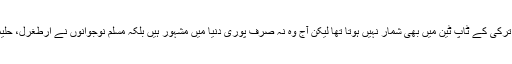
اس ڈرامے میں کام کرنے والے اداکاروں کی پروفائل دیکھیں تو ان میں کوئی بھی ترکی کے ٹاپ ٹین میں بھی شمار نہیں ہوتا تھا لیکن آج وہ نہ صرف پوری دنیا میں مشہور ہیں بلکہ مسلم نوجوانوں نے ارطغرل، حلیمہ سلطان، نورگل، بابر، سلیمان شاہ اور حائمہ خاتون وغیرہ کی ڈی پیز لگا لی ہیں۔